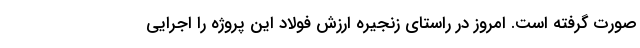
صورت گرفته است. امروز در راستای زنجیره ارزش فولاد این پروژه را اجرایی